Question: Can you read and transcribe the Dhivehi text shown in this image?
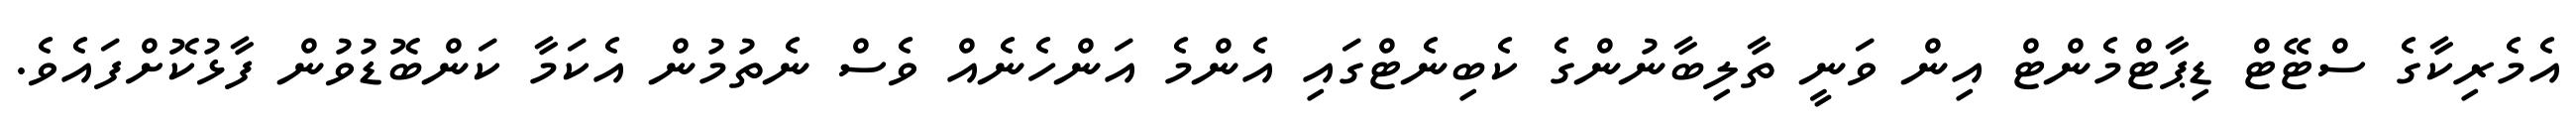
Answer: އެމެރިކާގެ ސްޓޭޓް ޑިޕާޓްމެންޓް އިން ވަނީ ތާލިބާނުންގެ ކެބިނެޓްގައި އެންމެ އަންހެނެއް ވެސް ނެތުމުން އެކަމާ ކަންބޮޑުވުން ފާޅުކޮށްފައެވެ.